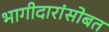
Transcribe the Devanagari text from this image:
भागीदारांसोबत